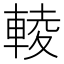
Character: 輘